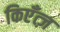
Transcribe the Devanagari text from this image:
किएँत्ज़